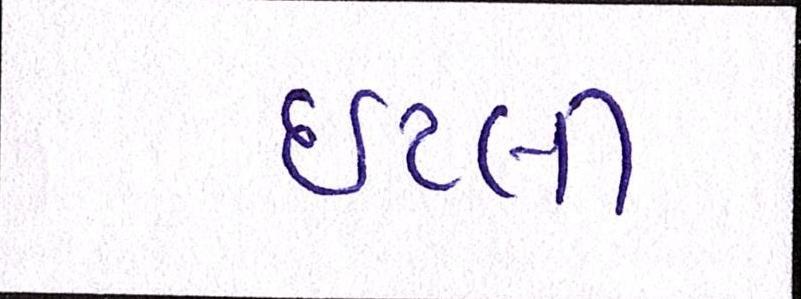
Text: ઇટલી